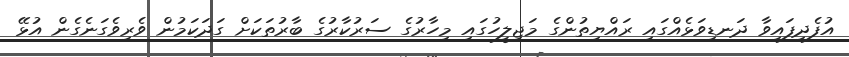
އުފެދިފައިވާ ދަނޑިވަޅެއްގައި ރައްޔިތުންގެ މަޖިލީހުގައި މިހާރުގެ ސަރުކާރުގެ ބާރުތަކަށް ގަދަކަމުން ވެރިވެގަނެގެން އުޅޭ